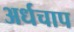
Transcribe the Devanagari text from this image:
अर्धचाप